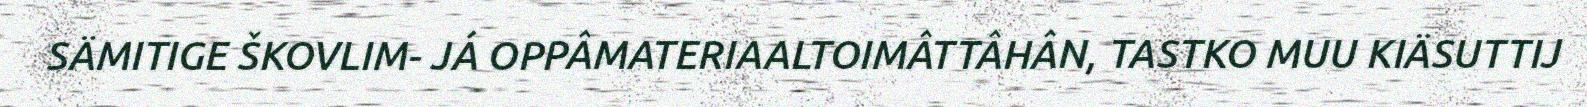
SÄMITIGE ŠKOVLIM- JÁ OPPÂMATERIAALTOIMÂTTÂHÂN, TASTKO MUU KIÄSUTTIJ